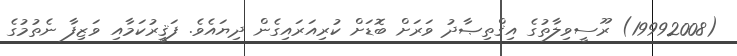
(19992008) ރޫސީވިލާތުގެ އިޤްތިޞާދު ވަރަށް ބޮޑަށް ކުރިއަރައިގެން ދިޔައެވެ. ފަޤީރުކަމާއި ވަޒިފާ ނެތުމުގެ